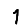
Digit: 1